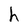
Character: h